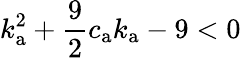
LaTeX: k_{\mathrm{a}}^{2}+\frac{9}{2}c_{\mathrm{a}}k_{\mathrm{a}}-9<0